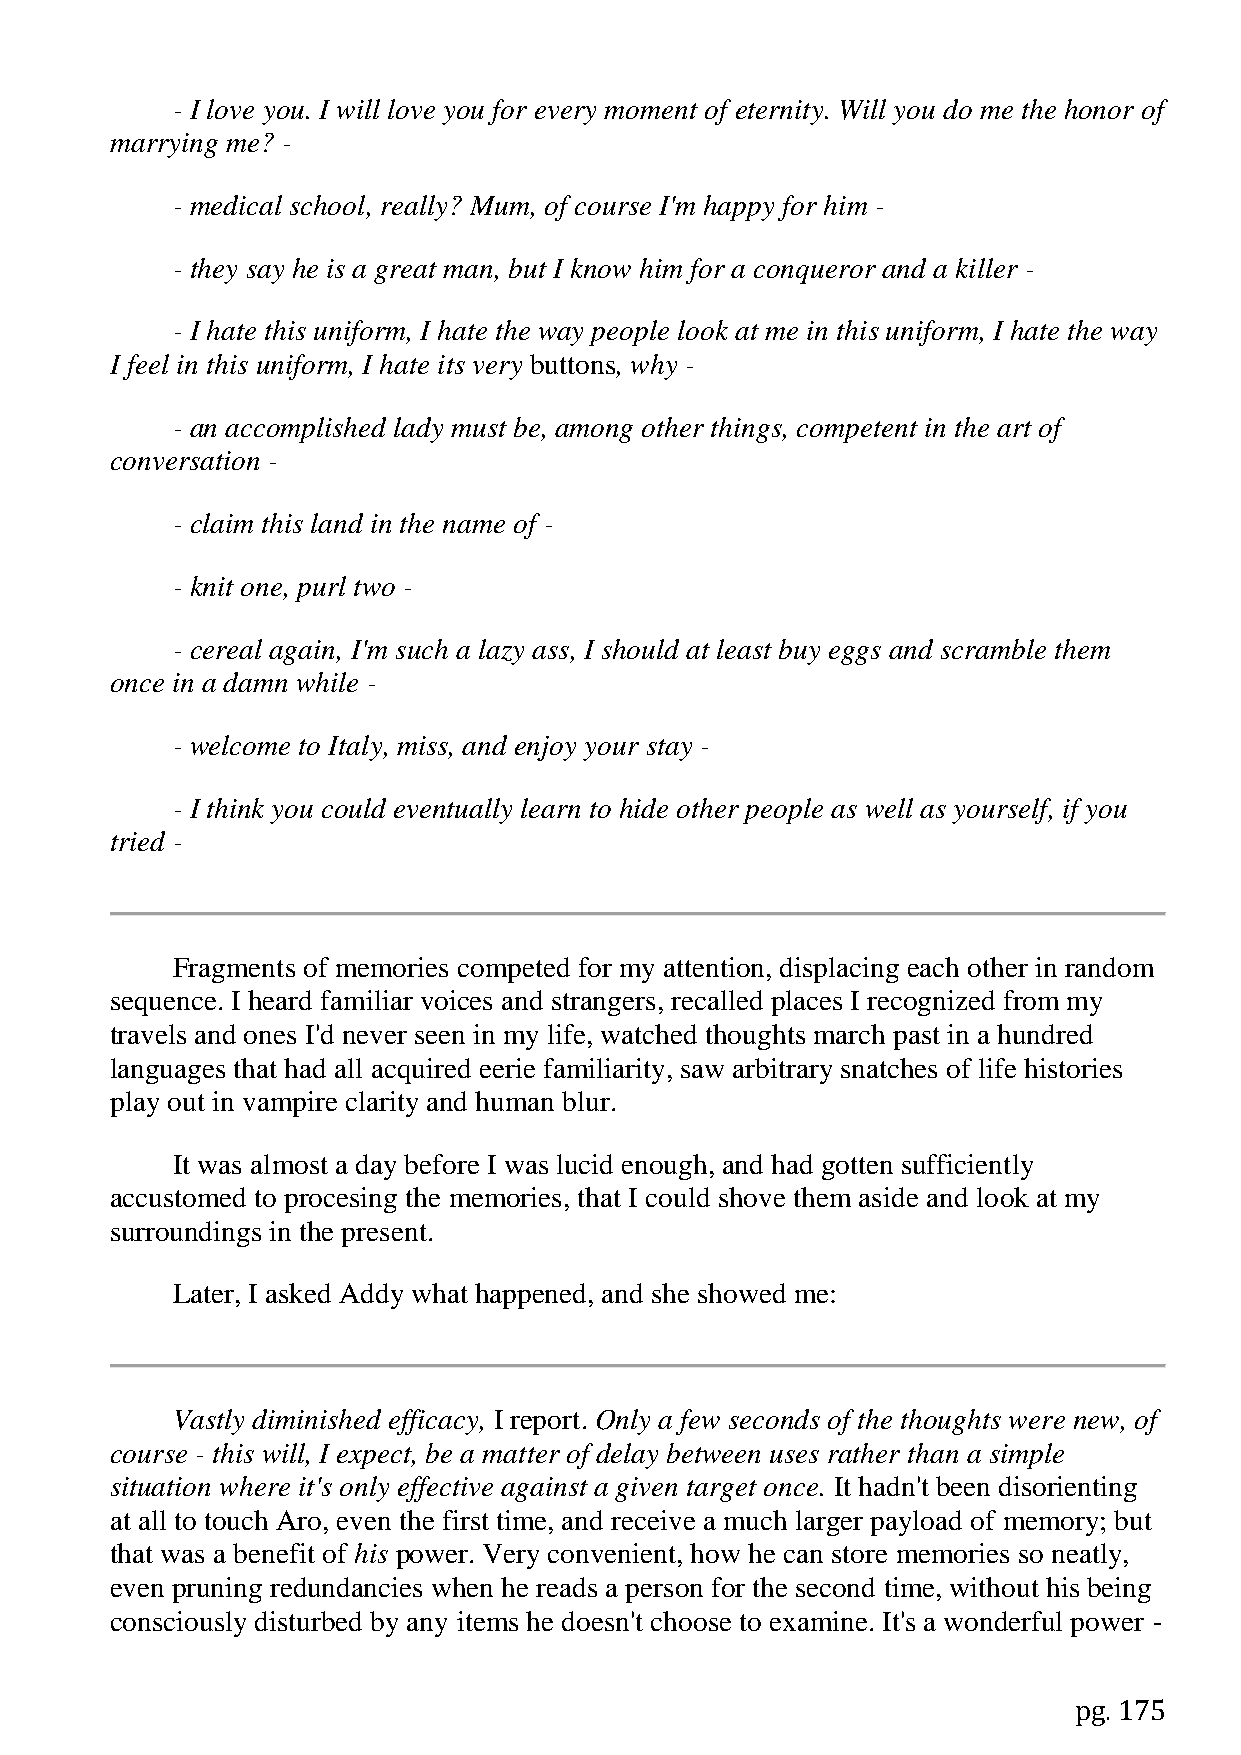
- I love you. I will love you for every moment of eternity. Will you do me the honor of
 marrying me? -
 - medical school, really? Mum, of course I'm happy for him -
 - they say he is a great man, but I know him for a conqueror and a killer -
 - I hate this uniform, I hate the way people look at me in this uniform, I hate the way
 I feel in this uniform, I hate its very buttons, why -
 - an accomplished lady must be, among other things, competent in the art of
 conversation -
 - claim this land in the name of -
 - knit one, purl two -
 - cereal again, I'm such a lazy ass, I should at least buy eggs and scramble them
 once in a damn while -
 - welcome to Italy, miss, and enjoy your stay -
 - I think you could eventually learn to hide other people as well as yourself, if you
 tried -
 Fragments of memories competed for my attention, displacing each other in random
 sequence. I heard familiar voices and strangers, recalled places I recognized from my
 travels and ones I'd never seen in my life, watched thoughts march past in a hundred
 languages that had all acquired eerie familiarity, saw arbitrary snatches of life histories
 play out in vampire clarity and human blur.
 It was almost a day before I was lucid enough, and had gotten sufficiently
 accustomed to procesing the memories, that I could shove them aside and look at my
 surroundings in the present.
 Later, I asked Addy what happened, and she showed me:
 Vastly diminished efficacy, I report. Only a few seconds of the thoughts were new, of
 course - this will, I expect, be a matter of delay between uses rather than a simple
 situation where it's only effective against a given target once. It hadn't been disorienting
 at all to touch Aro, even the first time, and receive a much larger payload of memory; but
 that was a benefit of his power. Very convenient, how he can store memories so neatly,
 even pruning redundancies when he reads a person for the second time, without his being
 consciously disturbed by any items he doesn't choose to examine. It's a wonderful power -
 pg. 175